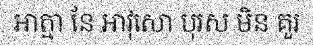
អាត្មា នែ អាវុសោ បុរស មិន គួរ